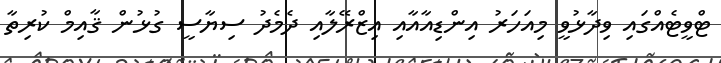
ޓްވީޓެއްގައި ވިދާޅުވީ މިއަހަރު އިންޑިއާއާއި އިޒްރޭލާއި ދެމެދު ސިޔާސީ ގުޅުން ޤާއިމް ކުރިތާ